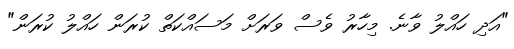
"އަދި ހައްލު ވާނެ. މިހާރު ވެސް ވަރަށް މަސައްކަތް ކުރަން ހައްލު ކުރަން"